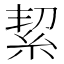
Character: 絜